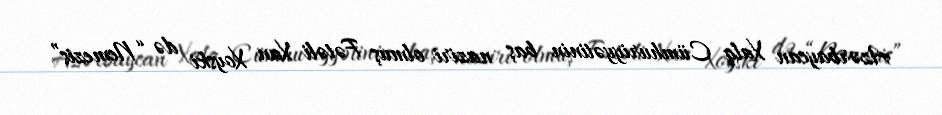
Azərbaycan Xalq Cümhuriyyətinin baş naziri olmuş Fətəli Xan Xoyski də “Nemezis”